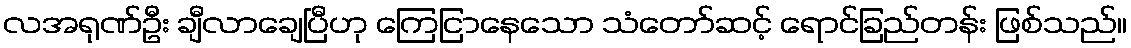
လအရုဏ်ဦး ချီလာချေပြီဟု ကြေငြာနေသော သံတော်ဆင့် ရောင်ခြည်တန်း ဖြစ်သည်။